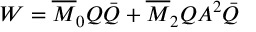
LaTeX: W = \overline { { { M } } } _ { 0 } Q \bar { Q } + \overline { { { M } } } _ { 2 } Q A ^ { 2 } \bar { Q }